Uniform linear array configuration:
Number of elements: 4
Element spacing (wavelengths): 0.75
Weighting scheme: hamming
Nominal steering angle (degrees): -30
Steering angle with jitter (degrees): -28.963
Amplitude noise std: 0.05
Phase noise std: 0.05

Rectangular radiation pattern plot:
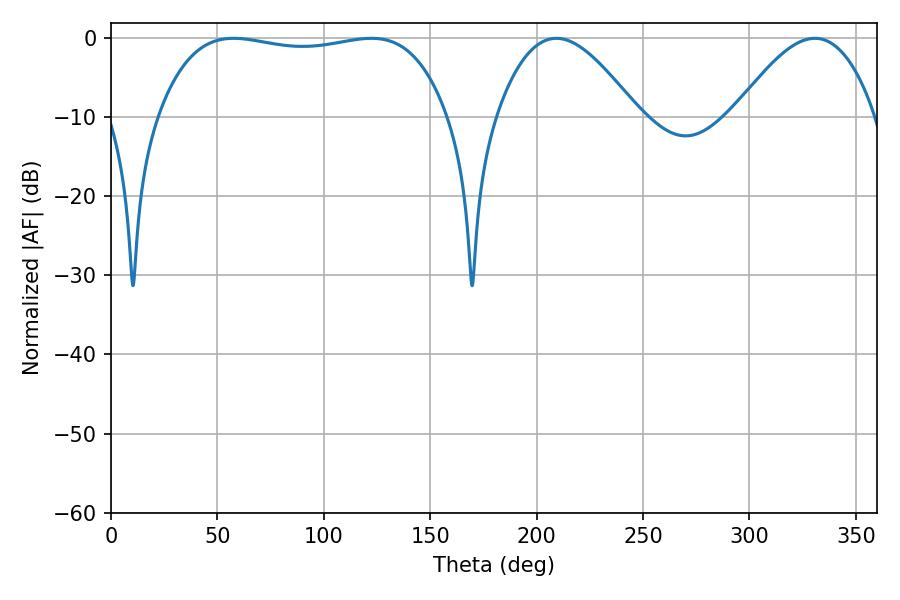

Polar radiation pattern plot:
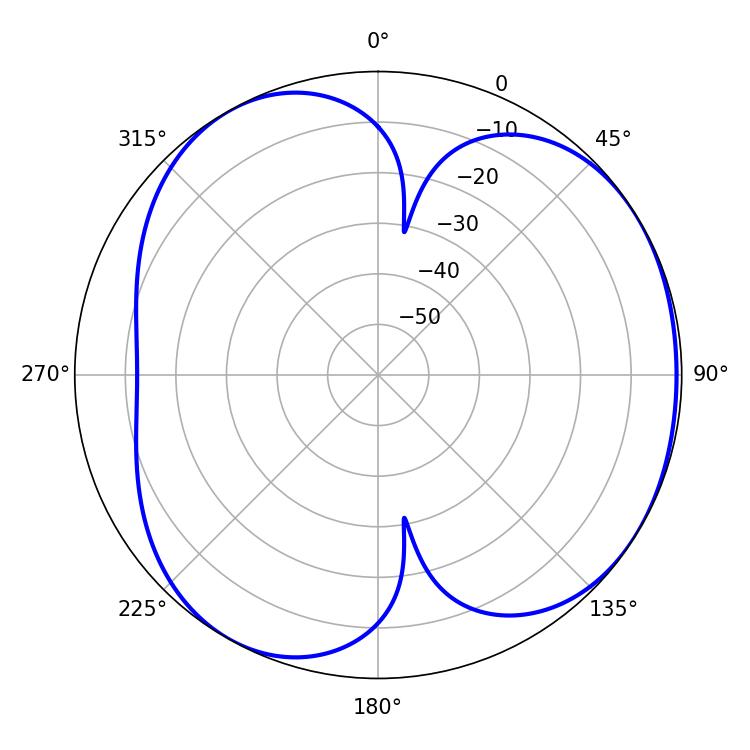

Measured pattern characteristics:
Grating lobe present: TRUE
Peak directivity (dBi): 4.299
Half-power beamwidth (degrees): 109.08
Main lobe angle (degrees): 57.6